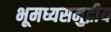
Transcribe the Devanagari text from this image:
भूमध्यसमुद्रीय